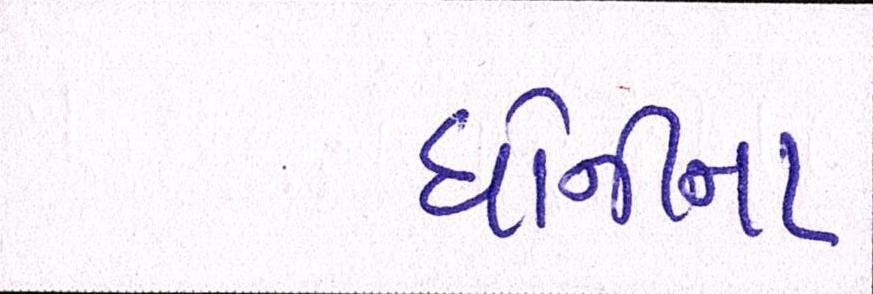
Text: ધોનીના